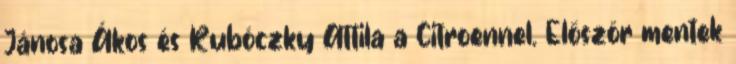
Jánosa Ákos és Rubóczky Attila a Citroennel. Először mentek